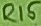
Text: R15